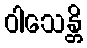
ဝါသေန္တိ